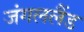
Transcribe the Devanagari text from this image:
जंगललैंड